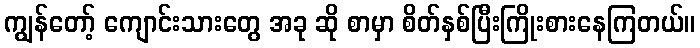
ကျွန်တော့် ကျောင်းသားတွေ အခု ဆို စာမှာ စိတ်နှစ်ပြီးကြိုးစားနေကြတယ်။